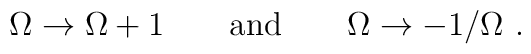
\Omega \to \Omega + 1 \qquad {\rm and} \qquad \Omega \to - 1/\Omega \ .